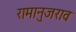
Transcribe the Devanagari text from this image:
रामानुजराव